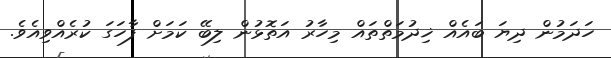
ހަދަމުން ދިޔަ ބައެއް ޚިދުމަތްތައް މިހާރު އަތޮޅުން ލިބޭ ކަމަށް ފާހަގަ ކުރެއްވިއެވެ.